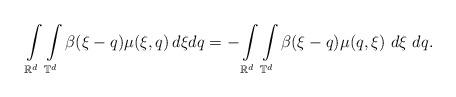
LaTeX: \begin{align*}\int\limits_{\mathbb R^d} \int\limits_{\mathbb T^d} \beta (\xi-q) \mu (\xi,q) \, d\xi dq = - \int\limits_{\mathbb R^d} \int\limits_{\mathbb T^d} \beta (\xi-q) \mu (q,\xi) \ d\xi \ dq.\end{align*}